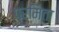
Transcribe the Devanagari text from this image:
परमिता